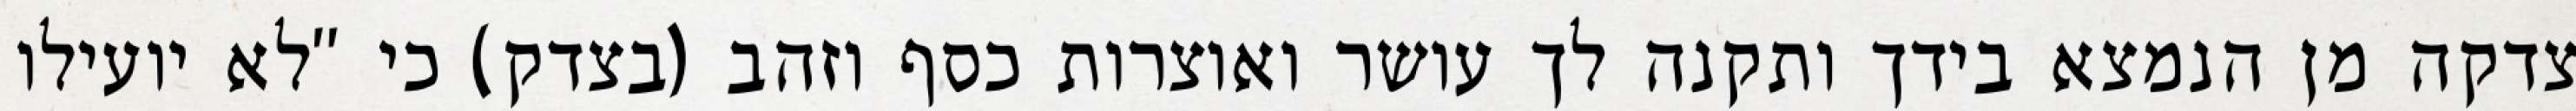
צדקה מן הנמצא בידך ותקנה לך עושר ואוצרות כסף וזהב (בצדק) כי "לא יועילו